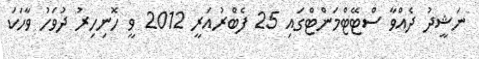
ނަޝީދު ދެއްވާ ސްޓޭޓްމަންޓްގައި 25 ފެބްރުއަރީ 2012 ވީ ހޮނިހިރު ދުވަހު ވާހަކަ